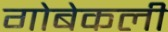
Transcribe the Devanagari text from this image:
गोबेकली